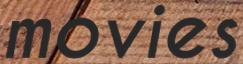
movies